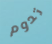
تدوم